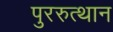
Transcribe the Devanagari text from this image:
पुररुत्थान